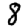
Digit: 8